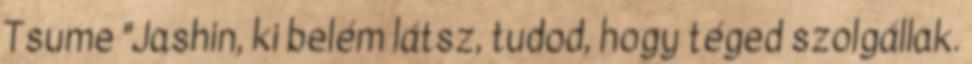
Tsume "Jashin, ki belém látsz, tudod, hogy téged szolgállak.